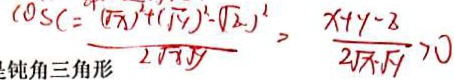
\cos c = \frac { ( \sqrt { x } ) ^ { 2 } + ( \sqrt { y } ) ^ { 2 } - \sqrt { 2 } ) ^ { 2 } } { 2 \sqrt { x } \sqrt { y } } > \frac { x + y - 8 } { 2 \sqrt { x } \cdot \sqrt { y } } > 0